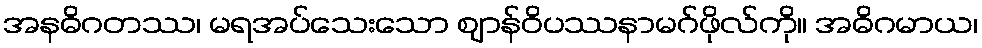
အနဓိဂတဿ၊ မရအပ်သေးသော ဈာန်ဝိပဿနာမဂ်ဖိုလ်ကို။ အဓိဂမာယ၊